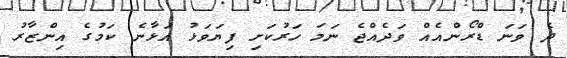
ދެ ވަނަ ޑްރޯންއެއް ވަދެއްޖެ ނަމަ ހަރުކަށި ފިޔަވަޅު އަޅާނެ ކަމުގެ އިންޒާރު